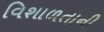
વિશાળતાની